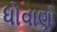
ધોવાણો